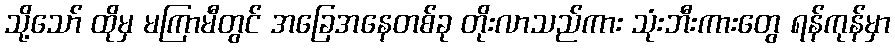
သို့သော် ထိုမှ မကြာမီတွင် အခြေအနေတစ်ခု တိုးလာသည်ကား သုံးဘီးကားတွေ ရန်ကုန်မှာ